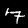
Digit: 7